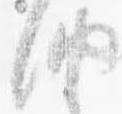
納